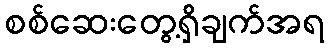
စစ်ဆေးတွေ့ရှိချက်အရ